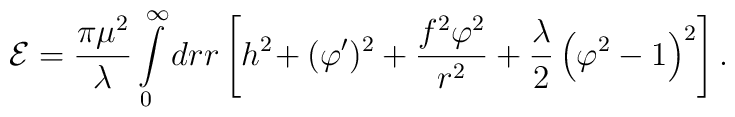
{\cal E}={\pi\mu^2\over\lambda}\int\limits_{0}^{\infty}dr r\left[h^2\! + (\varphi')^2 +{f^2\varphi^2\over r^2} + {\lambda\over 2}\left(\varphi^2 -1\right)^2\right].